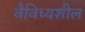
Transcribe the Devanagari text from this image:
वैविध्यशील